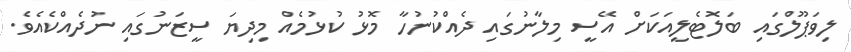
ލިވަޕޫލްގައި ބަލޮޓެލީއަކަށް އޭސީ މިލާނުގައި ދެއްކުނުހާ މޮޅު ކުޅުމެއް މިދިޔަ ސީޒަނުގައި ނުދެއްކެއެވެ.